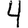
Digit: 4